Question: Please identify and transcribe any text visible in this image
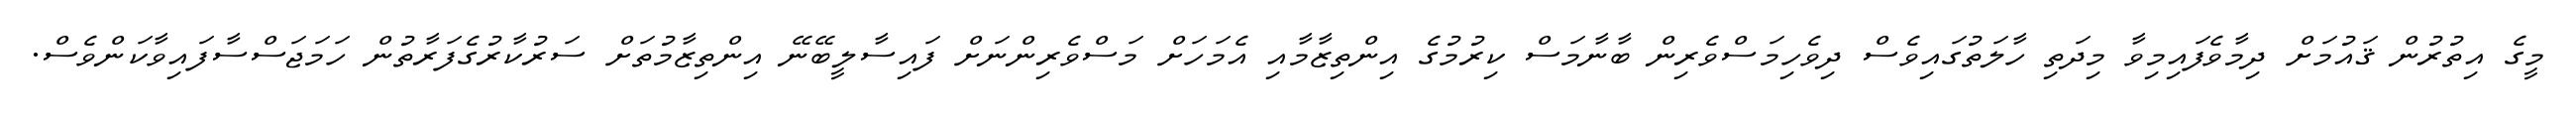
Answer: މީގެ އިތުރުން ޤައުމަށް ދިމާވެފައިމިވާ މިދަތި ހާލަތުގައިވެސް ދިވެހިމަސްވެރިން ބާނާމަސް ކިރުމުގެ އިންތިޒާމާއި އެމަހަށް މަސްވެރިންނަށް ފައިސާލީބޭނޭ އިންތިޒާމުތަށް ސަރުކާރުގެފަރާތުން ހަމަޖަސްސާފައިވާކަންވެސް.